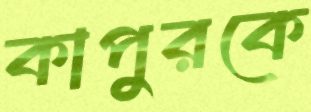
কাপুরকে